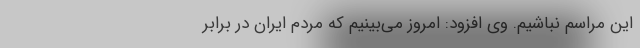
این مراسم نباشیم. وی افزود: امروز می‌بینیم که مردم ایران در برابر